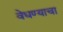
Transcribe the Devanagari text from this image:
वेधण्याचा